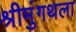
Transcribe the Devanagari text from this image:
श्रीमुंगथला